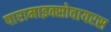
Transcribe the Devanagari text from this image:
पारामाइक्सोवायरस